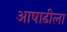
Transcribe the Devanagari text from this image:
आषाढीला